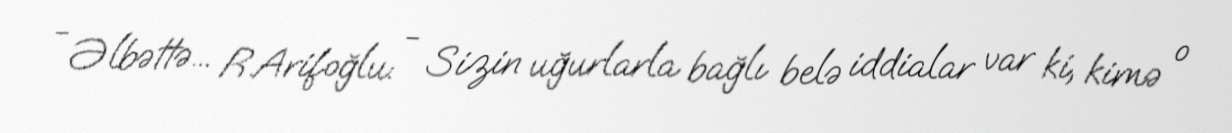
- Əlbəttə... R.Arifoğlu: - Sizin uğurlarla bağlı belə iddialar var ki, kimə o